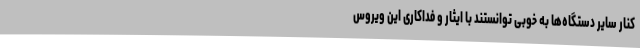
کنار سایر دستگاه‌ها به خوبی توانستند با ایثار و فداکاری این ویروس